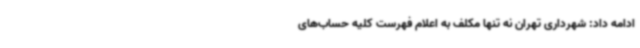
ادامه داد: شهرداری تهران نه تنها مکلف به اعلام فهرست کلیه حساب‌های